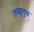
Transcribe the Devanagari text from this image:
तच्छृणुश्व